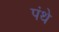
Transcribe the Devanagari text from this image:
पंथे